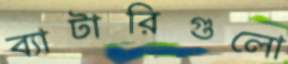
ব্যাটারিগুলো